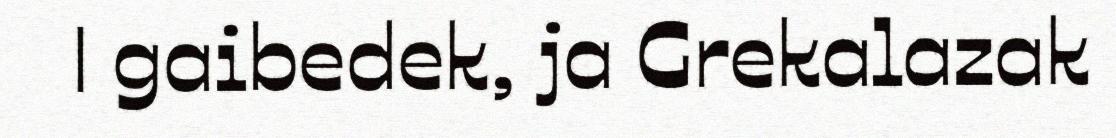
| gaibedek, ja Grekalazak